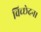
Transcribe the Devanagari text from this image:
विच्छेदन।